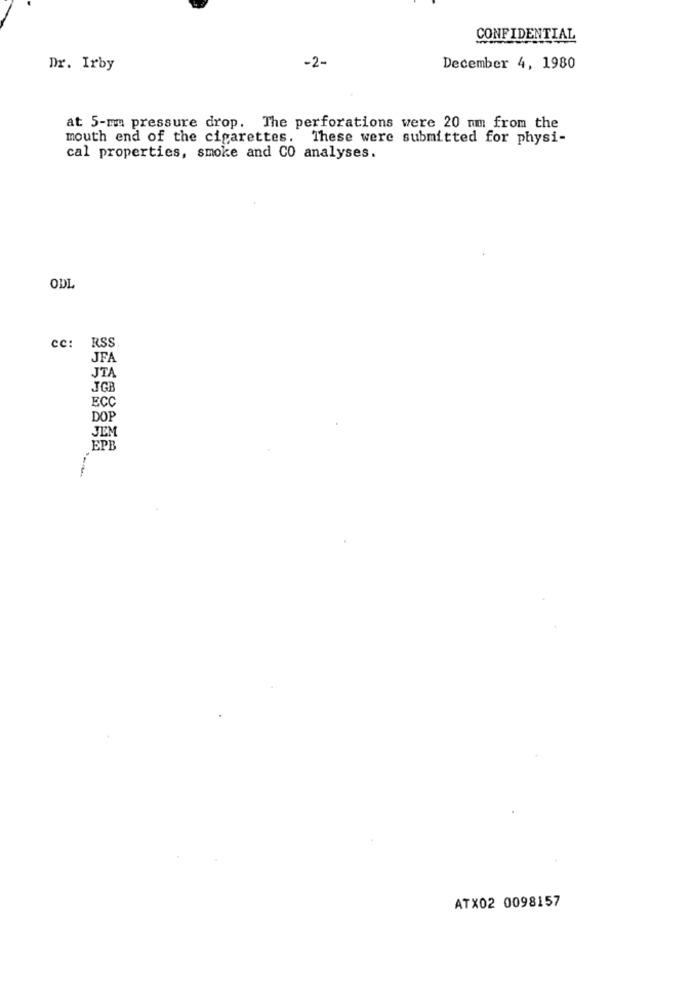
CONFIDENTIAL
Dr. Irby
-2-
December 4, 1980
at 5-mu pressure drop. The perforations were 20 mm from the
mouth end of the cigarettes. These were submitted for physi-
cal properties, smoke and CO analyses.
ODL
cc: RSS
JFA
JTA
JGB
ECC
DOP
JEM
EPB
ATX02 0098157